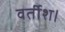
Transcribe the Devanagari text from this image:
वर्तीश।